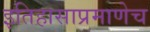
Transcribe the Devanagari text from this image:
इतिहासाप्रमाणेच